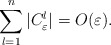
\begin{align*}\sum_{l=1}^{n}|C_{\varepsilon}^{l}|=O(\varepsilon).\end{align*}